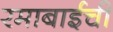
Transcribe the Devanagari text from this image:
रमाबाईची